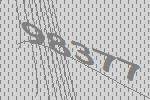
98377